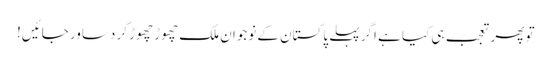
تو پھر تعجب ہی کیا ہے اگر پہلے پاکستان کے نوجوان ملک چھوڑ چھوڑ کر دساور جائیں!